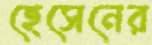
হেসেনের